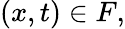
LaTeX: (x,t)\in F,